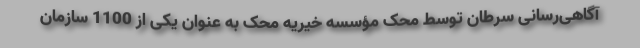
آگاهی‌رسانی سرطان توسط محک مؤسسه خیریه محک به عنوان یکی از 1100 سازمان